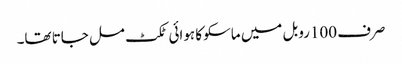
صرف 100روبل میں ماسکو کا ہوائی ٹکٹ مل جاتا تھا۔